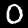
Label: 0